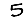
Digit: 5